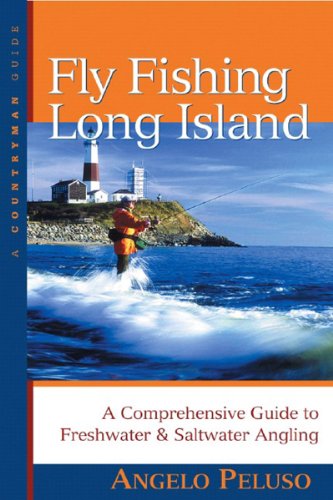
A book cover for Fly Fishing Long Island: A Comprehensive Guide to Freshwater & Saltwater Angling (Countryman Guide); Angelo Peluso; Travel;